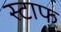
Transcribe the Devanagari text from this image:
स्टाफ्